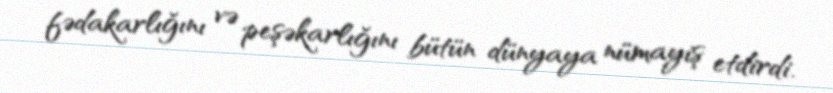
fədakarlığını və peşəkarlığını bütün dünyaya nümayiş etdirdi.